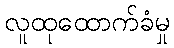
လူထုထောက်ခံမှု